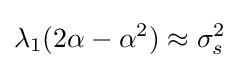
\lambda _{1}(2\alpha -\alpha ^{2})\approx \sigma _{s}^{2}